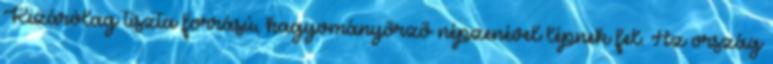
Kizárólag tiszta forrású, hagyományőrző népzenével lépnek fel. Az ország